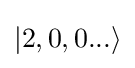
|2,0,0...\rangle